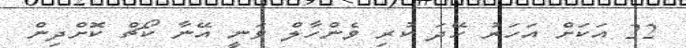
22 އަކަށް އަހަރު ހޭދަ ކުރި ވެންހާލް ވަނީ އޭނާ ކޯޗް ކޮށްދިން